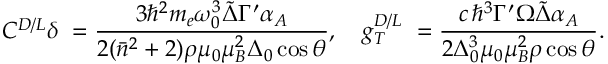
C ^ { D / L } \delta \ = \frac { 3 \hbar ^ { 2 } m _ { e } \omega _ { 0 } ^ { 3 } \tilde { \Delta } \Gamma ^ { \prime } \alpha _ { A } } { 2 ( \bar { n } ^ { 2 } + 2 ) \rho \mu _ { 0 } \mu _ { B } ^ { 2 } \Delta _ { 0 } \cos { \theta } } , \quad g _ { T } ^ { D / L } \ = \frac { c \, \hbar ^ { 3 } \Gamma ^ { \prime } \Omega \tilde { \Delta } \alpha _ { A } } { 2 \Delta _ { 0 } ^ { 3 } \mu _ { 0 } \mu _ { B } ^ { 2 } \rho \cos { \theta } } .